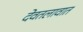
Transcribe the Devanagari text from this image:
देवतलावात